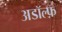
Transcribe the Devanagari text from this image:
अडॉल्फ़